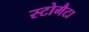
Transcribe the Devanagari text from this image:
स्टोमैटा